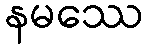
နမဿေ